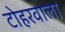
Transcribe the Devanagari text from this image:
टोहरवाला